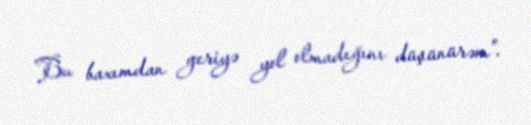
Bu baxımdan geriyə yol olmadığını düşünürəm”.